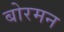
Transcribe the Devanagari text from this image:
बोरमन